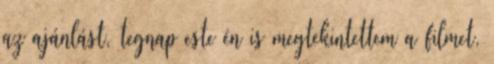
az ajánlást, tegnap este én is megtekintettem a filmet,